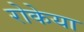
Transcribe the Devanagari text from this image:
रोकेया